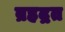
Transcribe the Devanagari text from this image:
ब्रहद्रत